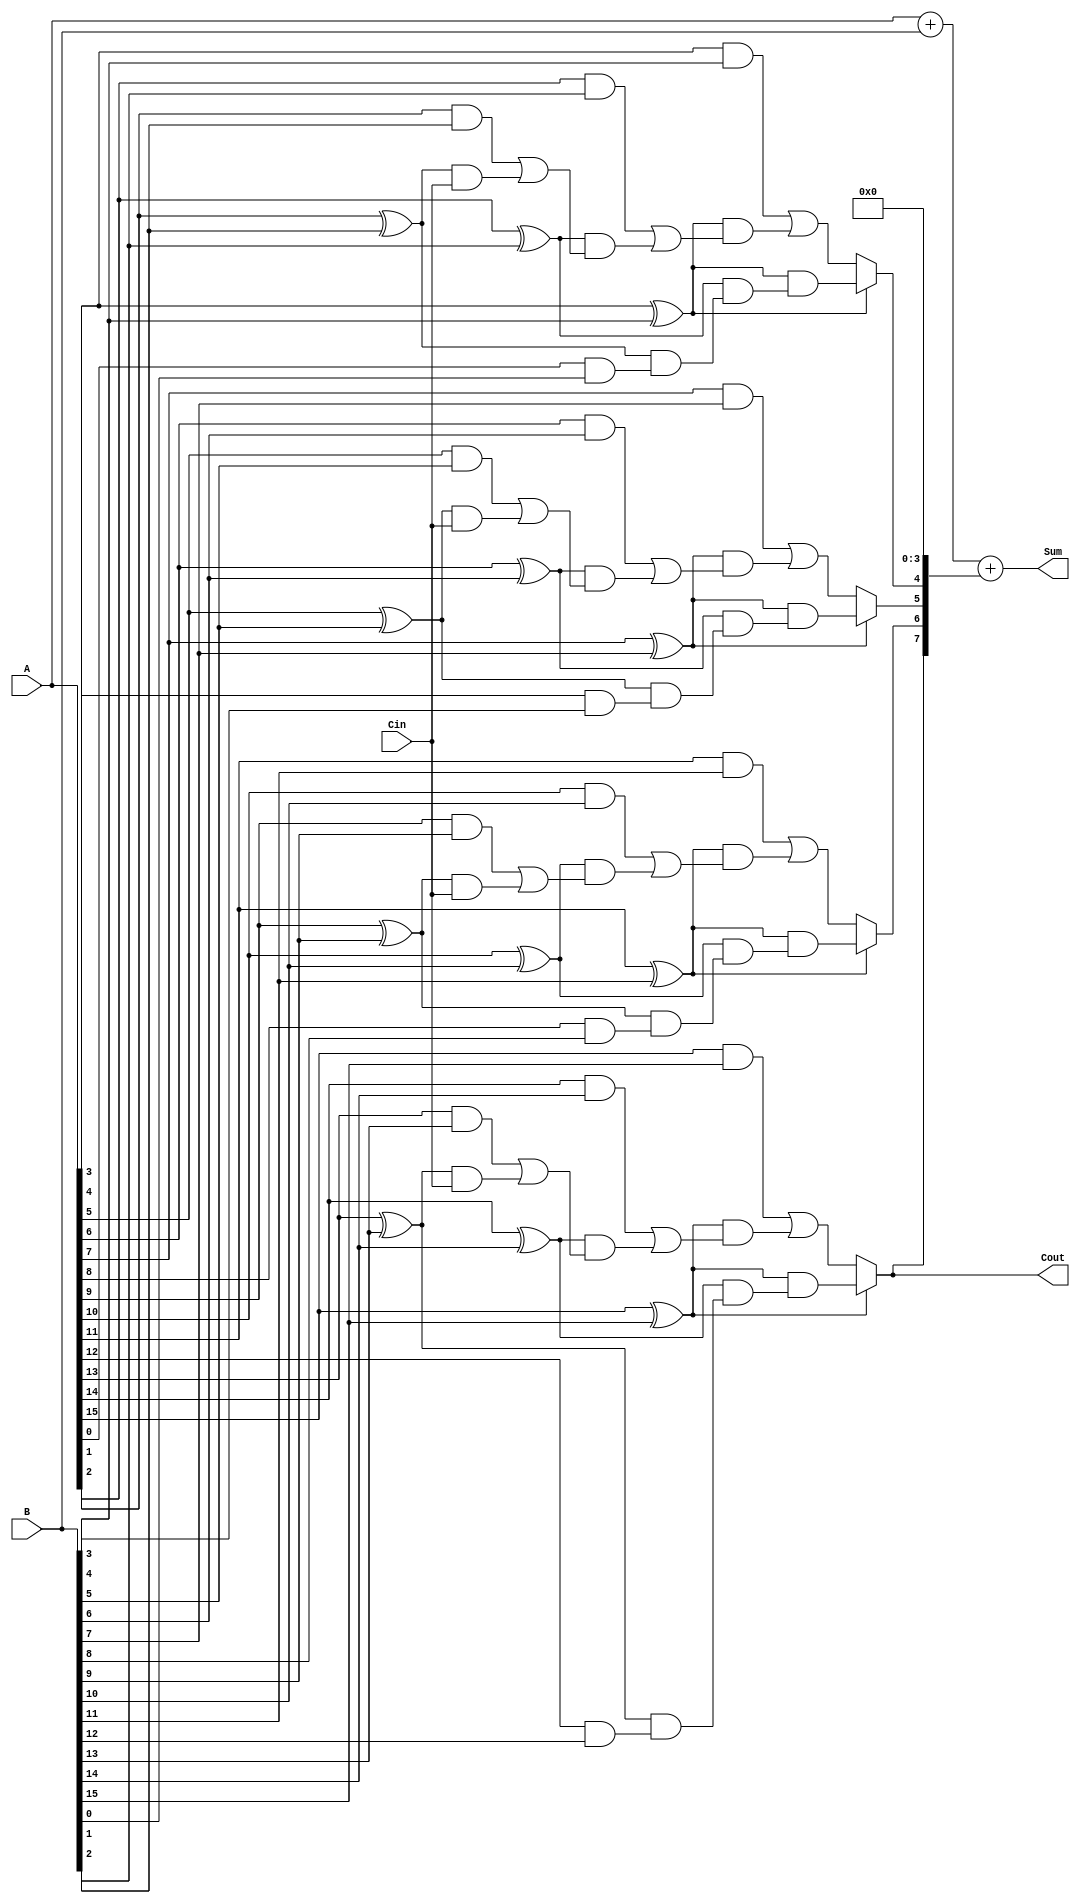
module carry_select_lookahead_adder (
    input [15:0] A,
    input [15:0] B,
    input Cin,
    output [15:0] Sum,
    output Cout
);

wire [15:0] P, G, C;
wire [3:0] C_select;

// Generate P and G signals
genvar i;
generate
    for (i = 0; i < 16; i = i + 1) begin
        assign P[i] = A[i] ^ B[i];
        assign G[i] = A[i] & B[i];
    end
endgenerate

// Generate carry-select logic
genvar j;
generate
    for (j = 0; j < 4; j = j + 1) begin
        wire [15:0] C_propagate, C_generate;
        assign C_propagate[0] = Cin;  // Propagate initial carry
        assign C_generate[0] = G[j*4]; // Generate initial carry
        
        // Generate intermediate carries
        genvar k;
        generate
            for (k = 1; k < 4; k = k + 1) begin
                assign C_propagate[k] = G[j*4+k] | (P[j*4+k] & C_propagate[k-1]);
                assign C_generate[k] = P[j*4+k] & C_generate[k-1];
            end
        endgenerate
        
        // Select final carry based on sum signal
        assign C_select[j] = P[j*4+3] ? C_generate[3] : C_propagate[3];
    end
endgenerate

// Connect sum outputs
assign Sum = A + B + (C_select << 4);

// Connect final carry output
assign Cout = C_select[3];

endmodule